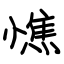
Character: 憔